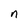
Character: n